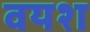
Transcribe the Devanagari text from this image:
वयश